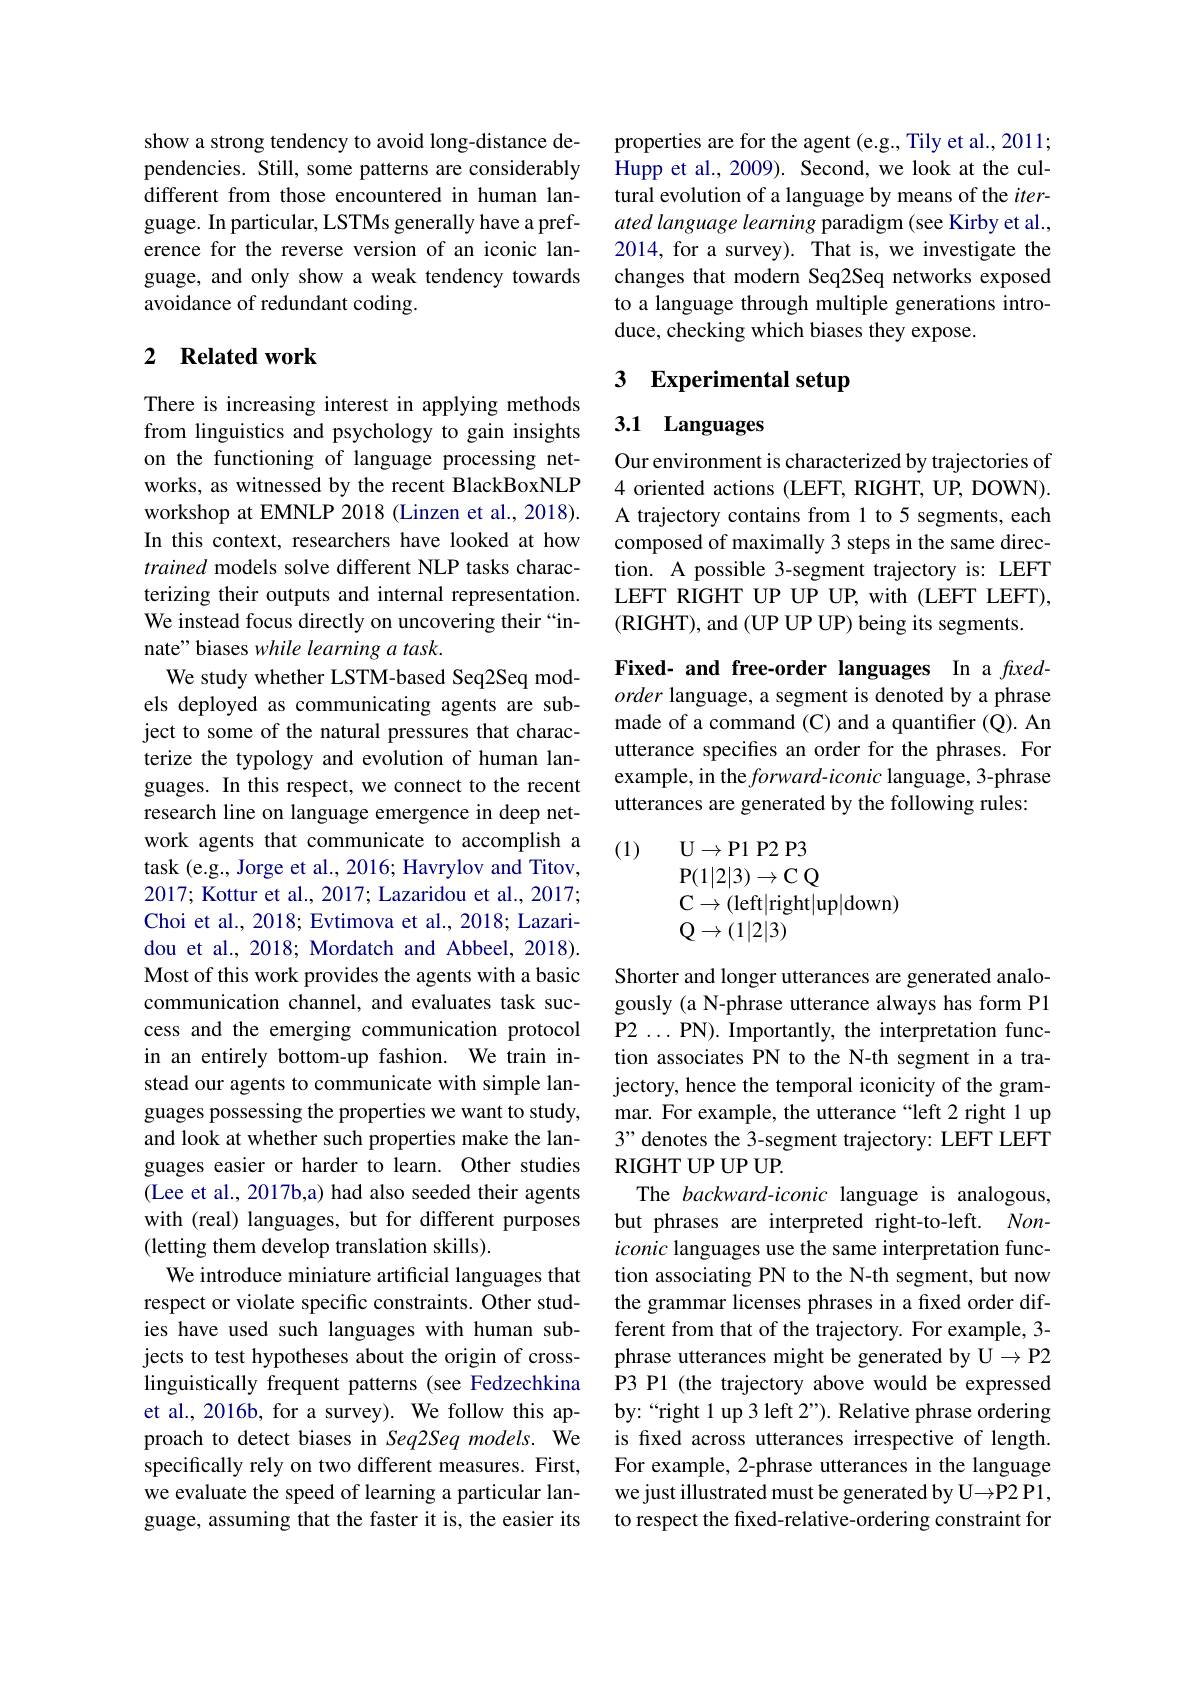
show a strong tendency to avoid long-distance dependencies. Still, some patterns are considerably different from those encountered in human language. In particular, LSTMs generally have a preference for the reverse version of an iconic language, and only show a weak tendency towards avoidance of redundant coding.

## 2 Related work

There is increasing interest in applying methods from linguistics and psychology to gain insights on the functioning of language processing networks, as witnessed by the recent BlackBoxNLP workshop at EMNLP 2018 (Linzen et al., 2018). In this context, researchers have looked at how trained models solve different NLP tasks characterizing their outputs and internal representation. We instead focus directly on uncovering their “innate" biases while learning a task.
We study whether LSTM-based Seq2Seq models deployed as communicating agents are subject to some of the natural pressures that characterize the typology and evolution of human languages. In this respect, we connect to the recent research line on language emergence in deep network agents that communicate to accomplish a task (e.g., Jorge et al., 2016; Havrylov and Titov, 2017; Kottur et al., 2017; Lazaridou et al., 2017; Choi et al., 2018; Evtimova et al., 2018; Lazaridou et al., 2018; Mordatch and Abbeel, 2018). Most of this work provides the agents with a basic communication channel, and evaluates task success and the emerging communication protocol in an entirely bottom-up fashion. We train instead our agents to communicate with simple languages possessing the properties we want to study, and look at whether such properties make the languages easier or harder to learn. Other studies (Lee et al., 2017b,a) had also seeded their agents with (real) languages, but for different purposes (letting them develop translation skills).
We introduce miniature artificial languages that respect or violate specific constraints. Other studies have used such languages with human subjects to test hypotheses about the origin of crosslinguistically frequent patterns (see Fedzechkina et al., 2016b, for a survey). We follow this approach to detect biases in Seq2Seq models. We specifically rely on two different measures. First, we evaluate the speed of learning a particular language, assuming that the faster it is, the easier its

properties are for the agent (e.g., Tily et al., 2011; Hupp et al., 2009). Second, we look at the cultural evolution of a language by means of the $iter-$ ated language learning paradigm (see Kirby et al., 2014, for a survey). That is, we investigate the changes that modern Seq2Seq networks exposed to a language through multiple generations introduce, checking which biases they expose.

# 3 Experimental setup

# 3.1 Languages

Our environment is characterized by trajectories of 4 oriented actions (LEFT, RIGHT, UP, DOWN). A trajectory contains from 1 to 5 segments, each composed of maximally 3 steps in the same direction. A possible 3-segment trajectory is: LEFT LEFT RIGHT UP UP UP, with (LEFT LEFT), (RIGHT), and (UP UP UP) being its segments.

Fixed- and free-order languages In a fixedorder language, a segment is denoted by a phrase made of a command (C) and a quantifier (Q). An utterance specifies an order for the phrases. For example, in the forward-iconic language, 3-phrase utterances are generated by the following rules:

(1)
$$\begin{aligned}&\mathrm{U}\to\mathrm{P1~P2~P3}\\&\mathrm{P}(1|2|3)\to\mathrm{C~Q}\\&\mathrm{C}\to(\mathrm{left}|\mathrm{right}|\mathrm{up}|\mathrm{down})\\&\mathrm{Q}\to(1|2|3)\end{aligned}$$
Shorter and longer utterances are generated analogously (a N-phrase utterance always has form P1 P2...PN).Importantly, the interpretation function associates PN to the N-th segment in a trajectory, hence the temporal iconicity of the grammar. For example, the utterance“left 2 right 1 up 3" denotes the 3-segment trajectory: LEFT LEFT RIGHT UP UP UP.
The backward-iconic language is analogous, but phrases are interpreted right-to-left. Noniconic languages use the same interpretation function associating PN to the N-th segment, but now the grammar licenses phrases in a fixed order different from that of the trajectory. For example, 3- phrase utterances might be generated by U P2 P3 P1 (the trajectory above would be expressed by: “right 1 up 3 left 2”). Relative phrase ordering is fixed across utterances irrespective of length. For example, 2-phrase utterances in the language we just illustrated must be generated by U P2 P1, to respect the fixed-relative-ordering constraint for